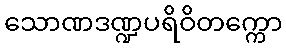
သောဏဒဏ္ဍပရိဝိတက္ကော